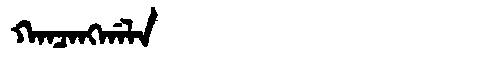
Manchu: ᡴᠠᠨᠴᠠᠩᡤᠠᠯᠠ
Romanization: KANCANGGALA